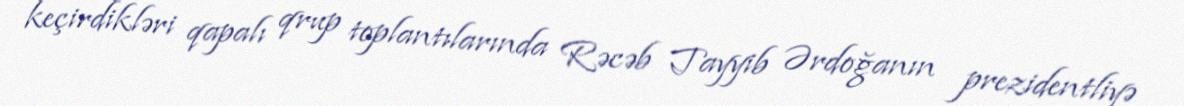
keçirdikləri qapalı qrup toplantılarında Rəcəb Tayyib Ərdoğanın prezidentliyə